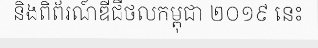
និងពិព័រណ៍ឌីជីថលកម្ពុជា ២០១៩ នេះ